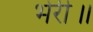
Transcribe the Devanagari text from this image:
भेरी॥